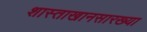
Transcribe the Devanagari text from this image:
शास्ताखानसारख्या